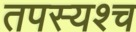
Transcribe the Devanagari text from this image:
तपस्यश्च